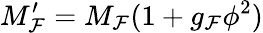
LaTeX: M_{\mathcal{F}}^{\prime}=M_{\mathcal{F}}(1+g_{\mathcal{F}}\phi^{2})